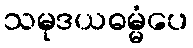
သမုဒယဓမ္မံပေ